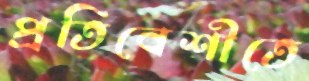
প্রতিবেশীতে